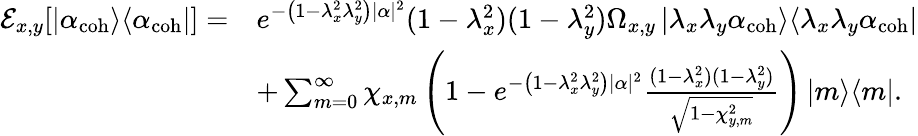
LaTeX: \begin{array}{rl}{\mathcal{E}_{x,y}[\left|\alpha_{\mathrm{coh}}\middle>\middle<\alpha_{\mathrm{coh}}\right|]=}&{e^{-\left(1-\lambda_{x}^{2}\lambda_{y}^{2}\right)|\alpha|^{2}}(1-\lambda_{x}^{2})(1-\lambda_{y}^{2})\Omega_{x,y}\left|\lambda_{x}\lambda_{y}\alpha_{\mathrm{coh}}\middle>\middle<\lambda_{x}\lambda_{y}\alpha_{\mathrm{coh}}\right|}\\ &{+\sum_{m=0}^{\infty}\chi_{x,m}\left(1-e^{-\left(1-\lambda_{x}^{2}\lambda_{y}^{2}\right)|\alpha|^{2}}\frac{(1-\lambda_{x}^{2})(1-\lambda_{y}^{2})}{\sqrt{1-\chi_{y,m}^{2}}}\right)\left|m\middle>\middle<m\right|.}\end{array}